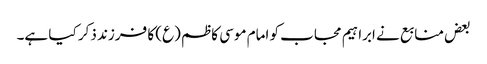
بعض منابع نے ابراہیم مجاب کو امام موسی کاظم (ع) کا فرزند ذکر کیا ہے۔